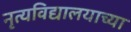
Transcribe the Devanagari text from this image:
नृत्यविद्यालयाच्या